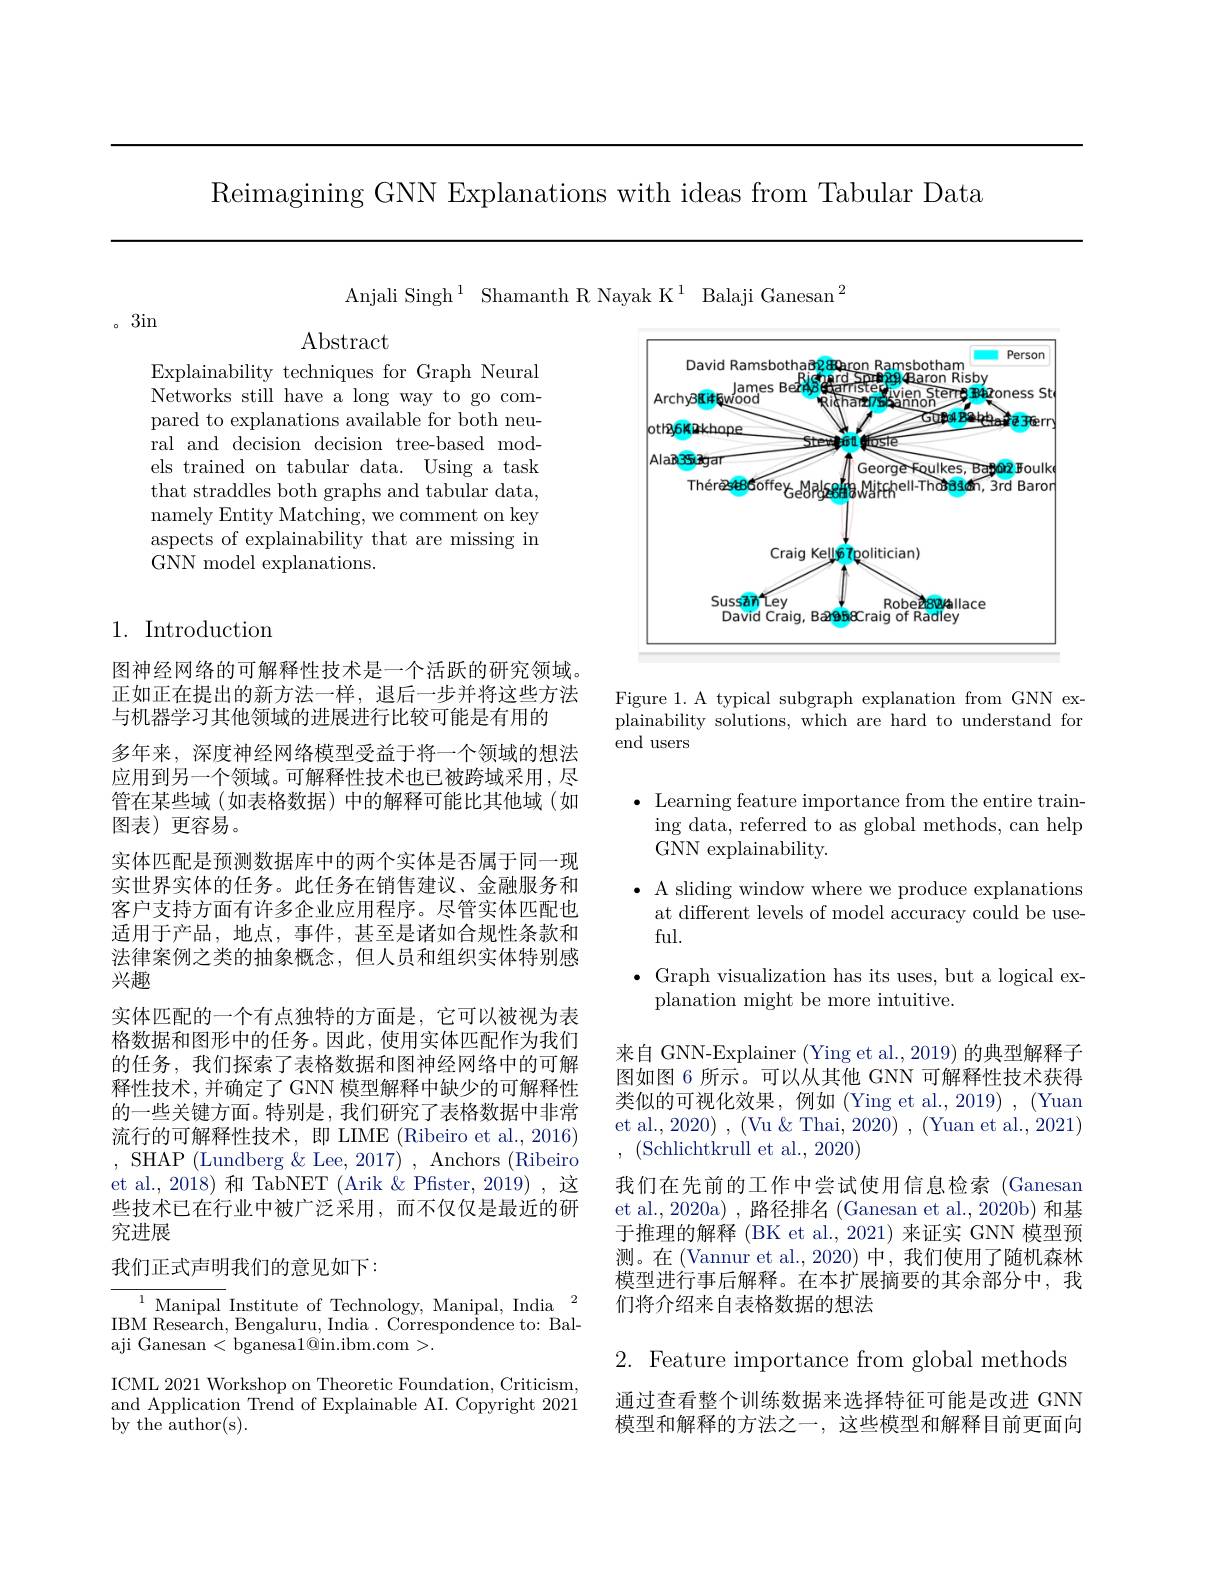
Reimagining GNN Explanations with ideas from Tabular Data

Anjali Singh$^1$ Shamanth R Nayak K$^1$ Balaji Ganesan$^2$

。3in

Explainability techniques for Graph Neural Networks still have a long way to go compared to explanations available for both neural and decision decision tree-based models trained on tabular data. Using a task that straddles both graphs and tabular data, namely Entity Matching, we comment on key aspects of explainability that are missing in GNN model explanations.

## 1. Introduction

图神经网络的可解释性技术是一个活跃的研究领域。正如正在提出的新方法一样，退后一步并将这些方法与机器学习其他领域的进展进行比较可能是有用的
多年来，深度神经网络模型受益于将一个领域的想法应用到另一个领域。可解释性技术也已被跨域采用，尽管在某些域(如表格数据)中的解释可能比其他域(如图表)更容易。
实体匹配是预测数据库中的两个实体是否属于同一现实世界实体的任务。此任务在销售建议、金融服务和客户支持方面有许多企业应用程序。尽管实体匹配也适用于产品，地点，事件，甚至是诸如合规性条款和法律案例之类的抽象概念，但人员和组织实体特别感兴趣
实体匹配的一个有点独特的方面是，它可以被视为表格数据和图形中的任务。因此，使用实体匹配作为我们的任务，我们探索了表格数据和图神经网络中的可解释性技术，并确定了 GNN 模型解释中缺少的可解释性的一些关键方面。特别是，我们研究了表格数据中非常流行的可解释性技术，即 LIME (Ribeiro et al., 2016) $,~$SHAP(Lundberg$\&$Lee$,2017)~,~$Anchors (Ribeiro et al., 2018) 和 TabNET (Arik &Pfister, 2019) ,这些技术已在行业中被广泛采用，而不仅仅是最近的研究进展
我们正式声明我们的意见如下：

$^{1}$ Manipal Institute of Technology, Manipal, India$^2$ IBM Research, Bengaluru, India. Correspondence to: Balaji Ganesan < bganesa$1@$in.ibm.com >.

ICML 2021 Workshop on Theoretic Foundation, Criticism, and Application Trend of Explainable AI. Copyright 2021 by the author(s).

<FigureHere>

Figure 1. A typical subgraph explanation from GNN explainability solutions, which are hard to understand for end users

$\bullet$ Learning feature importance from the entire training data, referred to as global methods, can help GNN explainability.
$\bullet$ A sliding window where we produce explanations
at different levels of model accuracy could be use-
ful.
$\bullet$ Graph visualization has its uses, but a logical ex-
planation might be more intuitive.
来自 GNN-Explainer (Ying et al., 2019) 的典型解释子图如图 6 所示。可以从其他 GNN 可解释性技术获得类似的可视化效果，例如(Ying et al.,2019),(Yuan et al., 2020) , (Vu& " 2020) , (Yuan et al., 2021) , (Schlichtkrull et al.,2020)
我们在先前的工作中尝试使用信息检索(Ganesan et al., 2020a) , 路径排名 (Ganesan et al., 2020b) 和基于推理的解释 (BK et al., 2021) 来证实 GNN 模型预测。在 (Vannur et al.,2020) 中，我们使用了随机森林模型进行事后解释。在本扩展摘要的其余部分中，我们将介绍来自表格数据的想法

2. Feature importance from global methods

通过查看整个训练数据来选择特征可能是改进 GNN 模型和解释的方法之一，这些模型和解释目前更面向